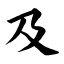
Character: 及